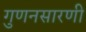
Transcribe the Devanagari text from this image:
गुणनसारणी